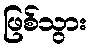
ဖြစ်သွား